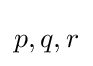
p,q,r